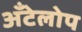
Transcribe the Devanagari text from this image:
अँटेलोप